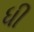
ધી